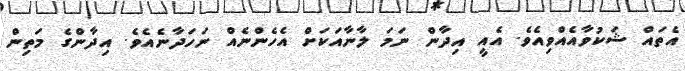
އެތައް ޝަކުވާއެއްވިއެވެ. އެއީ އިދާން ނަމަ ލާނާއަކަށް އެހެންނެއް ނަހަދާނެއެވެ. އިދާންގެ މަތިން